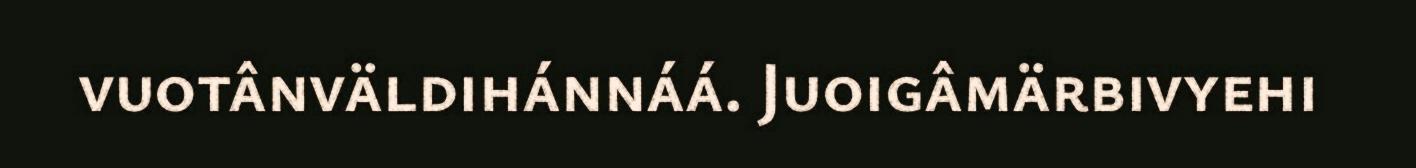
vuotânväldihánnáá. Juoigâmärbivyehi